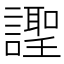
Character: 𧬼